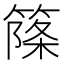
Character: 𥱥